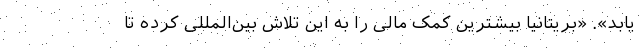
یابد». «بریتانیا بیشترین کمک مالی را به این تلاش بین‌المللی کرده تا